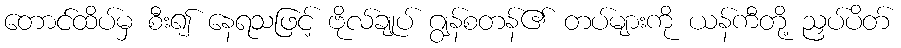
တောင်ထိပ်မှ စီး၍ နေရသဖြင့် ဗိုလ်ချုပ် ဂျွန်စတန်၏ တပ်များကို ယန်ကီတို့ ညှပ်ပိတ်